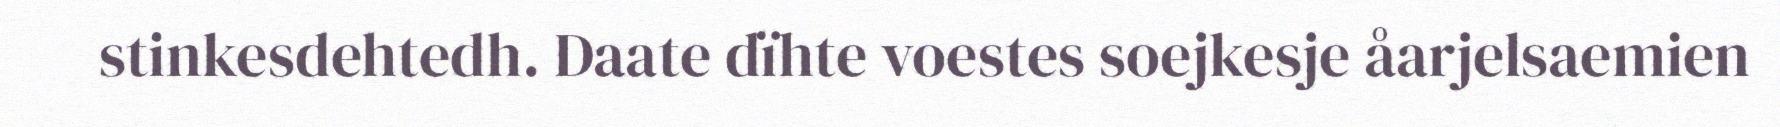
stinkesdehtedh. Daate dïhte voestes soejkesje åarjelsaemien